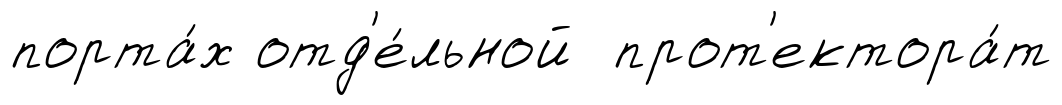
порта́х отд'е́льной прот'ектора́т